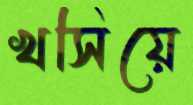
খসিয়ে